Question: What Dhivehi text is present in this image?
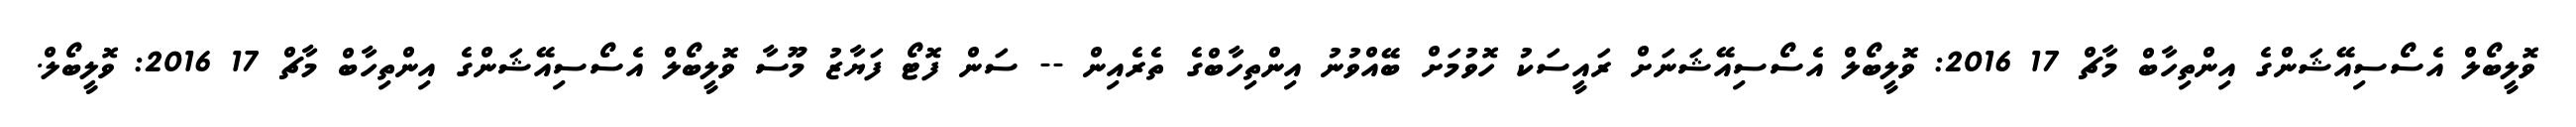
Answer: ވޮލީބޯލް އެސޯސިއޭޝަންގެ އިންތިހާބް މާޗް 17 2016: ވޮލީބޯލް އެސޯސިއޭޝަނަށް ރައީސަކު ހޮވުމަށް ބޭއްވުނު އިންތިހާބްގެ ތެރެއިން -- ސަން ފޮޓޯ ފަޔާޒު މޫސާ ވޮލީބޯލް އެސޯސިއޭޝަންގެ އިންތިހާބް މާޗް 17 2016: ވޮލީބޯލް.